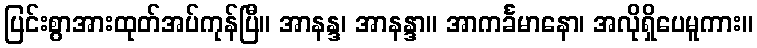
ပြင်းစွာအားထုတ်အပ်ကုန်ပြီ။ အာနန္ဒ၊ အာနန္ဒာ။ အာကင်္ခမာနော၊ အလိုရှိပေမူကား။